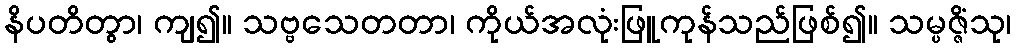
နိပတိတွာ၊ ကျ၍။ သဗ္ဗသေတတာ၊ ကိုယ်အလုံးဖြူကုန်သည်ဖြစ်၍။ သမ္ပဇ္ဇိံသု၊